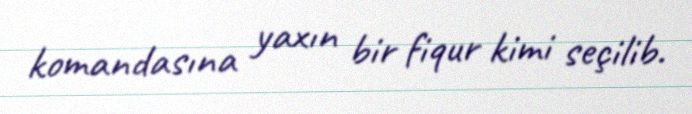
komandasına yaxın bir fiqur kimi seçilib.